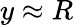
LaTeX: y\approx R